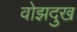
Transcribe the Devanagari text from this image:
वोझदुख